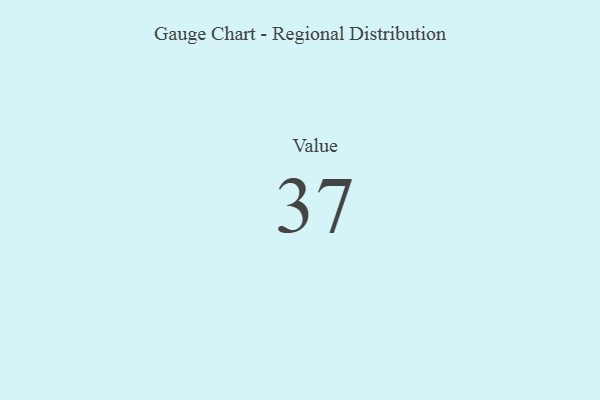
{"axis": {"x": "Metric", "y": "Value"}, "legend": [""], "data": [{"x": "Value", "y": 37, "type": ""}]}